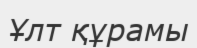
Ұлт құрамы